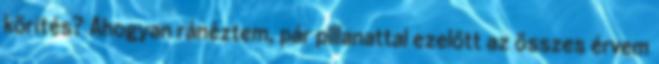
körítés? Ahogyan ránéztem, pár pillanattal ezelőtt az összes érvem